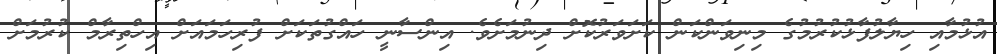
އުޅުމާއި ހިޔާލުފާޅުކުރުމުގެ މިނިވަންކަން ކަށަވަރުކޮށް ދިނުމަށެވެ. އިންސާނީ ހައްގުތަކަށް ފުރިހަމައަށް އިހްތިރާމް ކުރުމަށް